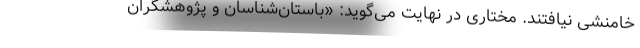
خامنشی نیافتند. مختاری در نهایت می‌گوید: «باستان‌شناسان و پژوهشگران